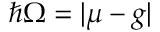
\hbar \Omega = | \mu - g |